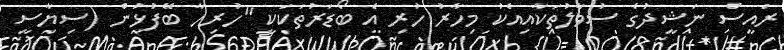
ރައީސް ނަޝީދުގެ ސުވާލުތަކާއިއެކު މިހާރު ހުރި އެ ބޯޑަރުތަކަކީ "ހުރިހާ ބޭފުޅުން (ސިޔާސީ